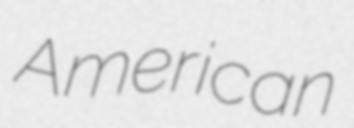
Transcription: American